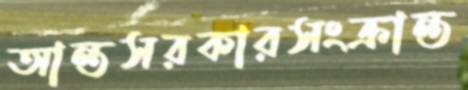
আন্তসরকারসংক্রান্ত